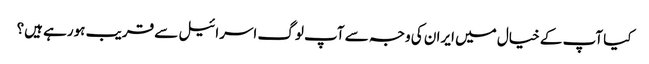
کیا آپ کے خیال میں ایران کی وجہ سے آپ لوگ اسرائیل سے قریب ہورہے ہیں؟